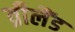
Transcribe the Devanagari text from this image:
व्रीलैंड